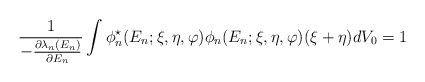
\begin{align*}\frac{1}{-\frac{\partial \lambda_{n}(E_{n})}{\partial E_{n}}}\int \phi_{n}^{\star}(E_{n}; \xi,\eta,\varphi )\phi_{n}(E_{n}; \xi,\eta,\varphi )(\xi + \eta )dV_{0} = 1\end{align*}